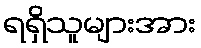
ရရှိသူများအား